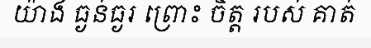
យ៉ាង ធ្ងន់ធ្ងរ ព្រោះ ចិត្ត របស់ គាត់